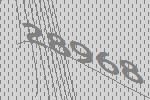
28968